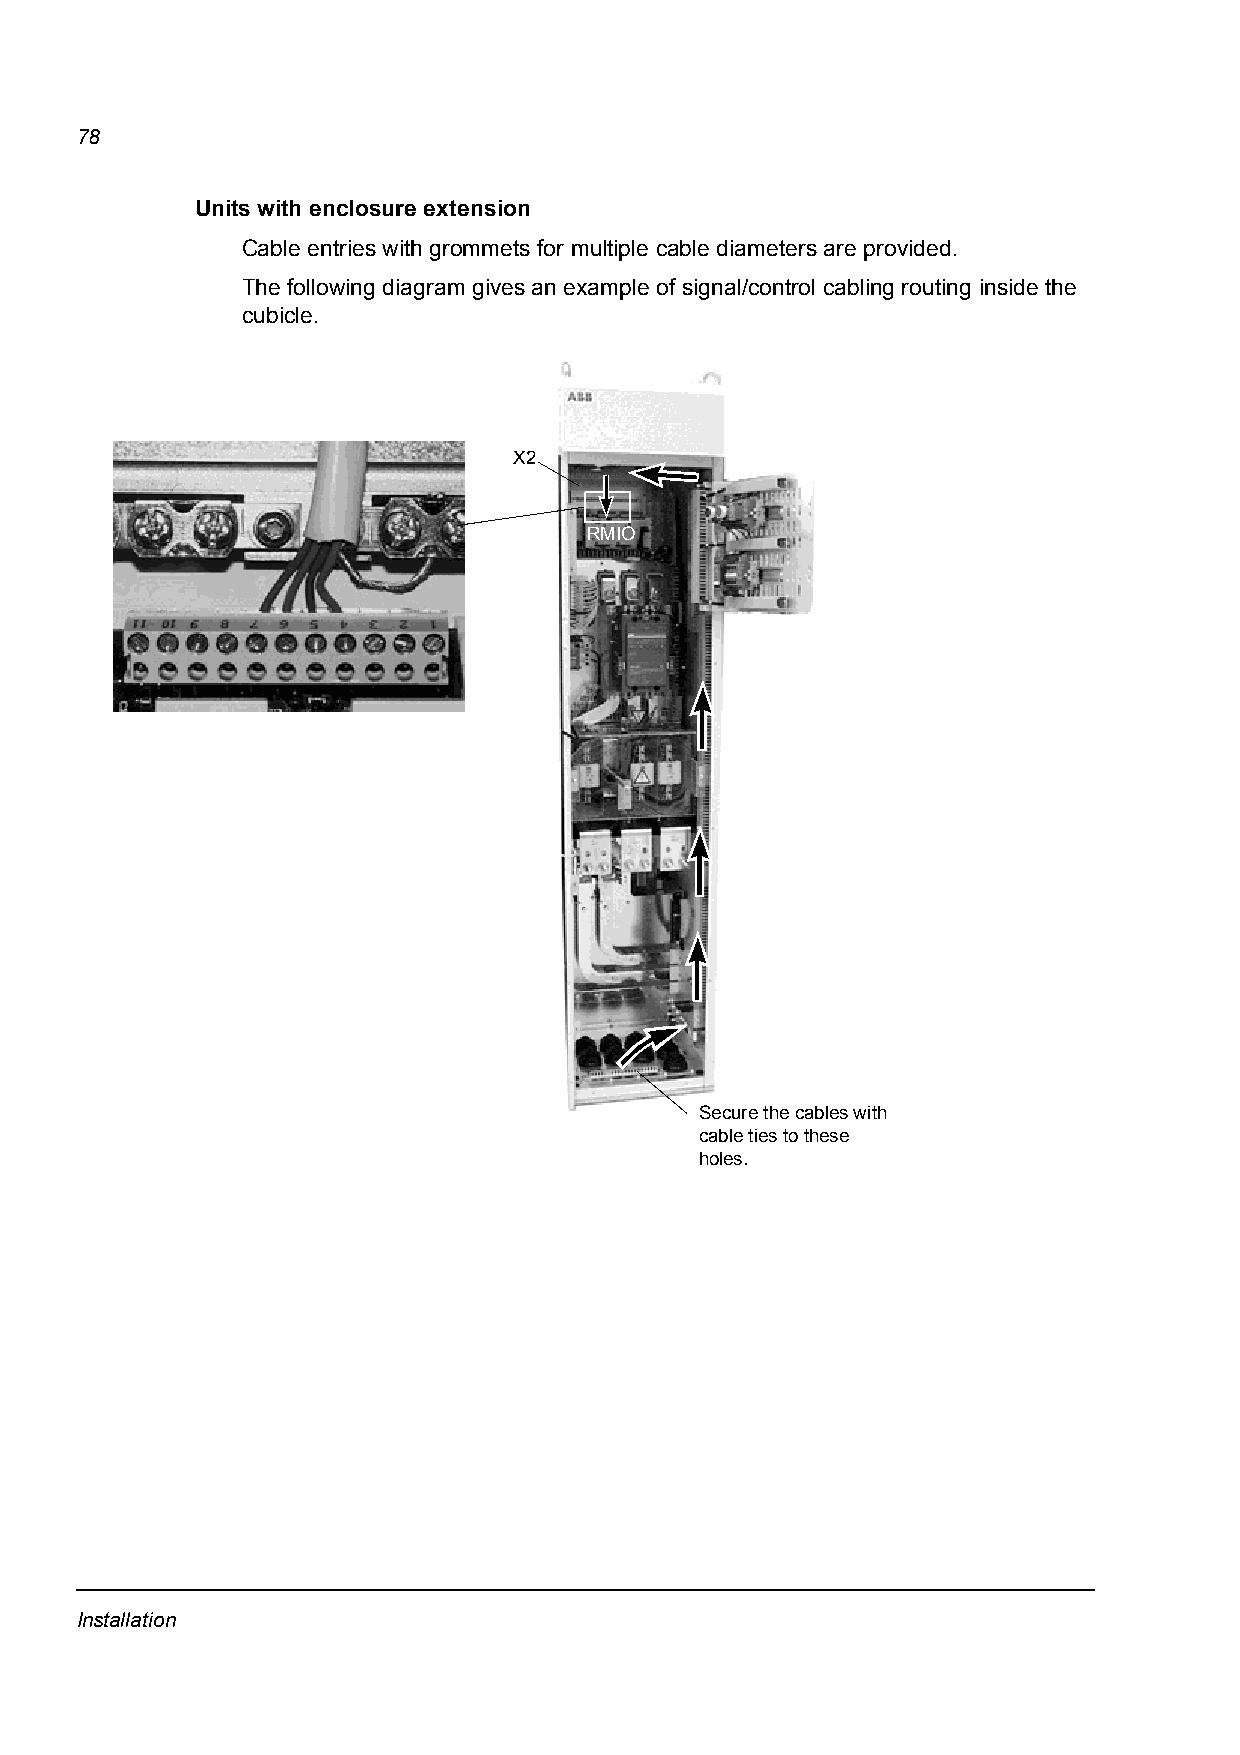
78
 Units with enclosure extension
 Cable entries with grommets for multiple cable diameters are provided.
 The following diagram gives an example of signal/control cabling routing inside the
 cubicle.
 X2
 RMIO
 Secure the cables with
 cable ties to these
 holes.
 Installation